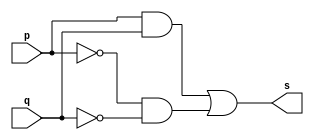
//---------------------451594
// XNOR
//---------------------

module xnorgate(output s,input p,input q);
assign s = ((p&q)|(~p&~q));
endmodule

module testxnorgate;

reg a, b;
wire s;
 
xnorgate XNORGATE1(s, a, b);

initial begin:start
a=0; b=0;

end

initial begin
$display("Lucas Ranieri"); 
$display("Test xNOR MOGAN");
a=0;b=0;
$monitor("%b & %b = %b", a, b, s); 
#1 a=0; b=0; 
#1 a=0; b=1;
#1 a=1; b=0;
#1 a=1; b=1;
end
endmodule